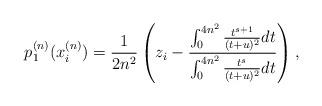
LaTeX: \begin{align*} p_1^{(n)} ( x_i^{(n)} ) = \frac{1}{2n^2} \left( z_i - \frac{ \int_{0}^{4n^2} \frac{ t^{s + 1}}{ ( t + u)^2} dt}{ \int_{0}^{4n^2} \frac{ t^{s }}{ ( t + u)^2} dt } \right),\end{align*}